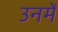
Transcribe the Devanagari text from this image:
उनमेँ